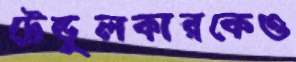
টেন্ডুলকারকেও